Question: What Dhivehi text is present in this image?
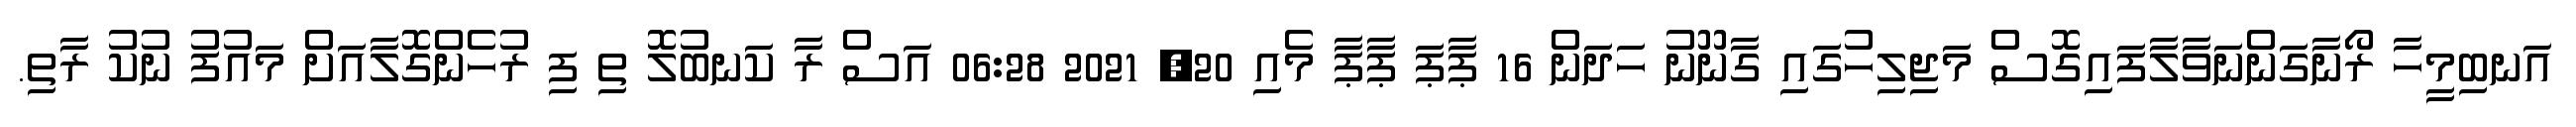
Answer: އަނބިމީހާ ރޯނާގަންނަވާލާފައިގޮސް މަޖިލިހުގައި ގާނޫނު ހަދަން 16 ޕާޕަ ޕާޕާ މެއި 20, 2021 06:28 އަސް ރާ ކަނބުލޮ ތި ފި ރުހެންގޮލާއަށް މައުފު ނުކު ރާތި.